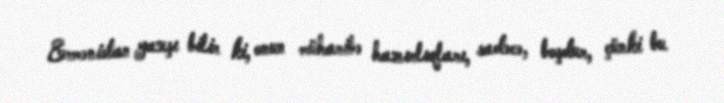
Ermənistan yaxşı bilir ki, onun müharibə hazırlıqları, sadəcə, boşdur, çünki bu